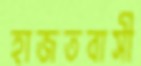
হাজতবাসী